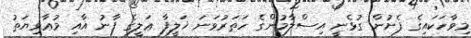
މިވާހަކައިގެ ފެށުން ގުޅެނީ އިސްލާމުންގެ ހަތަރުވަނަ ޚަލީފާ ޢަލީގެ ފާނު އާއި މުޢާވިޔަތު